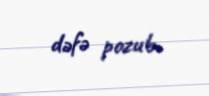
dəfə pozub.